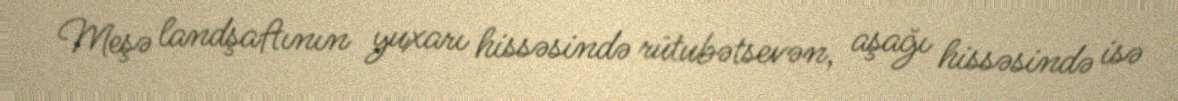
Meşə landşaftının yuxarı hissəsində rütubətsevən, aşağı hissəsində isə